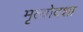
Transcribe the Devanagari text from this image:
मृत्योदशा